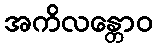
အကိလန္တောဝ